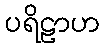
ပရိဠာဟ